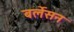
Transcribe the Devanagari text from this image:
बर्लेसन